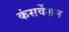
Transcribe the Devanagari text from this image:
कंसर्वेशन